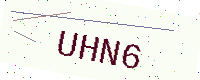
Text: UHN6